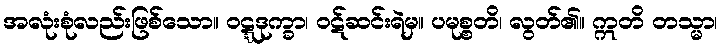
အလုံးစုံလည်းဖြစ်သော။ ဝဋ္ဋဒုက္ခာ၊ ဝဋ်ဆင်းရဲမှ။ ပမုစ္စတိ၊ လွတ်၏။ ဣတိ တသ္မာ၊